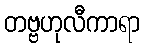
တဗ္ဗဟုလီကာရာ